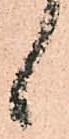
候